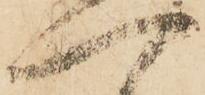
一